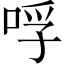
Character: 哹